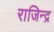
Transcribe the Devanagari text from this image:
राजिन्द्र